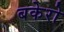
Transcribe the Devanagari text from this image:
बकेरो